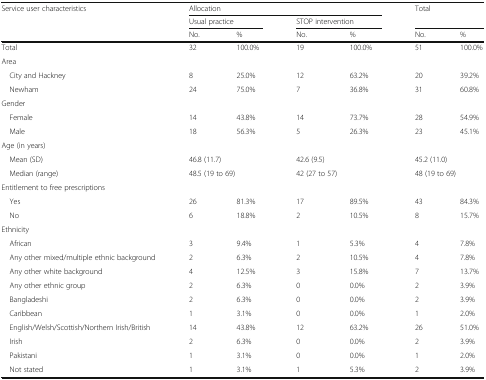
| <ROWSPAN=3> Service user characteristics | <COLSPAN=4> Allocation | <ROWSPAN=2-COLSPAN=2> Total |
 | <COLSPAN=2> Usual practice | <COLSPAN=2> STOP intervention |
 | No. | % | No. | % | No. | % |
 | --- | --- | --- | --- | --- | --- | --- |
 | Total | 32 | 100.0% | 19 | 100.0% | 51 | 100.0% |
 | <COLSPAN=7> Area |
 | City and Hackney | 8 | 25.0% | 12 | 63.2% | 20 | 39.2% |
 | Newham | 24 | 75.0% | 7 | 36.8% | 31 | 60.8% |
 | <COLSPAN=7> Gender |
 | Female | 14 | 43.8% | 14 | 73.7% | 28 | 54.9% |
 | Male | 18 | 56.3% | 5 | 26.3% | 23 | 45.1% |
 | <COLSPAN=7> Age (in years) |
 | Mean (SD) | <COLSPAN=2> 46.8 (11.7) | <COLSPAN=2> 42.6 (9.5) | <COLSPAN=2> 45.2 (11.0) |
 | Median (range) | <COLSPAN=2> 48.5 (19 to 69) | <COLSPAN=2> 42 (27 to 57) | <COLSPAN=2> 48 (19 to 69) |
 | <COLSPAN=7> Entitlement to free prescriptions |
 | Yes | 26 | 81.3% | 17 | 89.5% | 43 | 84.3% |
 | No | 6 | 18.8% | 2 | 10.5% | 8 | 15.7% |
 | <COLSPAN=7> Ethnicity |
 | African | 3 | 9.4% | 1 | 5.3% | 4 | 7.8% |
 | Any other mixed/multiple ethnic background | 2 | 6.3% | 2 | 10.5% | 4 | 7.8% |
 | Any other white background | 4 | 12.5% | 3 | 15.8% | 7 | 13.7% |
 | Any other ethnic group | 2 | 6.3% | 0 | 0.0% | 2 | 3.9% |
 | Bangladeshi | 2 | 6.3% | 0 | 0.0% | 2 | 3.9% |
 | Caribbean | 1 | 3.1% | 0 | 0.0% | 1 | 2.0% |
 | English/Welsh/Scottish/Northern Irish/British | 14 | 43.8% | 12 | 63.2% | 26 | 51.0% |
 | Irish | 2 | 6.3% | 0 | 0.0% | 2 | 3.9% |
 | Pakistani | 1 | 3.1% | 0 | 0.0% | 1 | 2.0% |
 | Not stated | 1 | 3.1% | 1 | 5.3% | 2 | 3.9% |